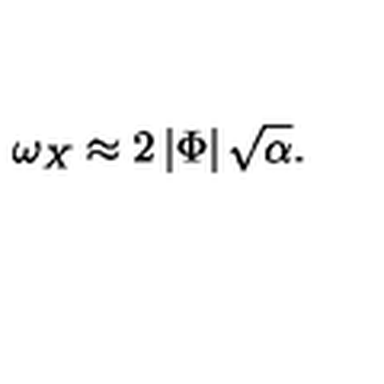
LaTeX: \omega _ { X } \approx 2 \left| \Phi \right| \sqrt { \alpha } .